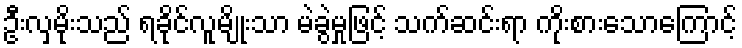
ဦးလှမိုးသည် ရခိုင်လူမျိုးသာ မဲခွဲမှုဖြင့် သက်ဆင်းရာ ကိုးစားသောကြောင့်